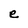
Character: e